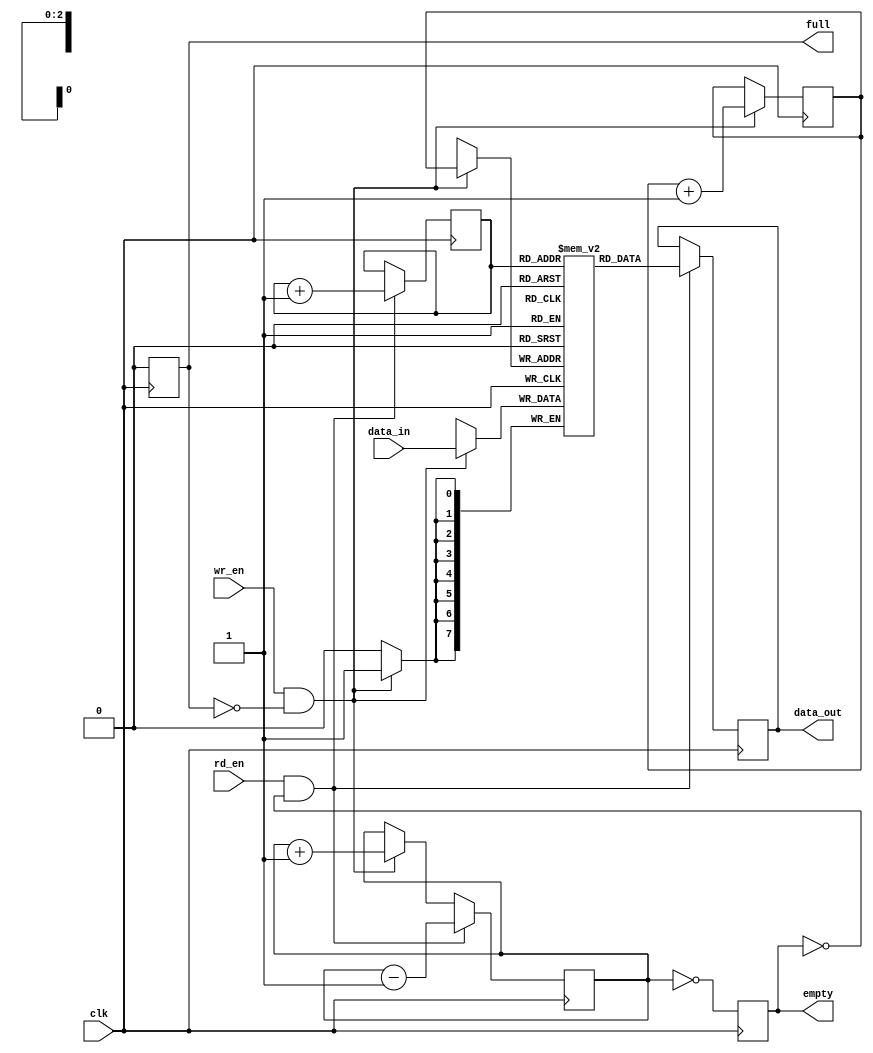
module gray_fifo (
  input wire clk,
  input wire wr_en,
  input wire rd_en,
  input wire [7:0] data_in,
  output reg [7:0] data_out,
  output reg full,
  output reg empty
);

reg [7:0] fifo [0:7];
reg [2:0] wr_ptr;
reg [2:0] rd_ptr;
reg [2:0] count;

always @(posedge clk) begin
  if(wr_en && !full) begin
    fifo[wr_ptr] <= data_in;
    wr_ptr <= wr_ptr + 1;
    count <= count + 1;
  end

  if(rd_en && !empty) begin
    data_out <= fifo[rd_ptr];
    rd_ptr <= rd_ptr + 1;
    count <= count - 1;
  end

  full <= (count == 8);
  empty <= (count == 0);
end

endmodule